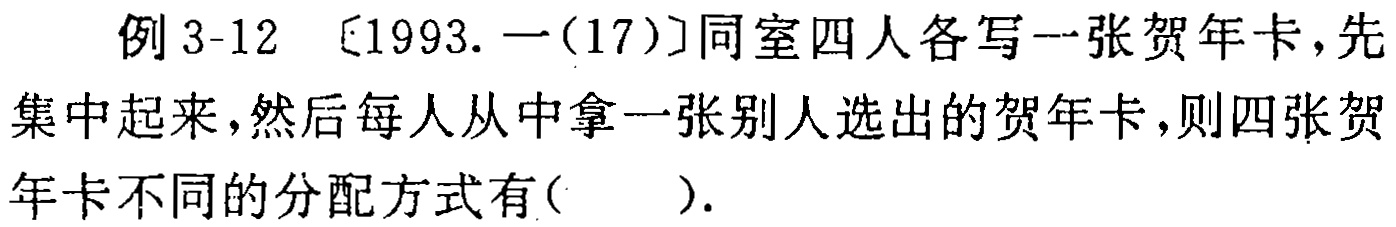
例 3-12 〔1993. 一(17)〕同室四人各写一张贺年卡，先集中起来，然后每人从中拿一张别人选出的贺年卡，则四张贺年卡不同的分配方式有( ).